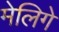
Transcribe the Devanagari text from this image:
मेलिगे